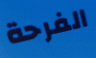
الفرحة